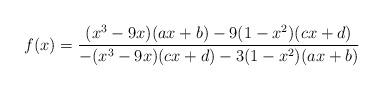
LaTeX: \begin{align*}f(x)=\frac{(x^3-9x)(ax+b)-9(1-x^2)(cx+d)}{-(x^3-9x)(cx+d)-3(1-x^2)(ax+b)}\end{align*}